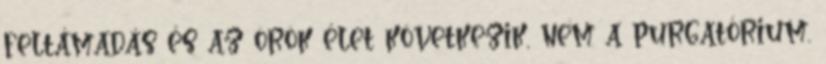
feltámadás és az örök élet következik, nem a purgatórium.